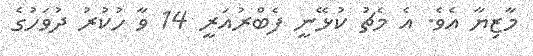
މާޒިޔާ އެވެ. އެ މެޗު ކުޅޭނީ ފެބްރުއަރީ 14 ވާ ހުކުރު ދުވަހުގެ